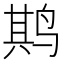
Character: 𫛰